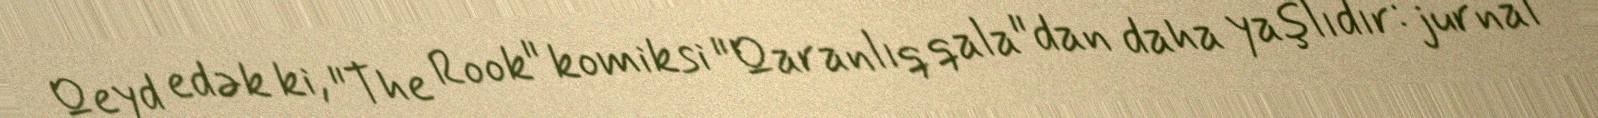
Qeyd edək ki, "The Rook" komiksi "Qaranlıq qala"dan daha yaşlıdır: jurnal